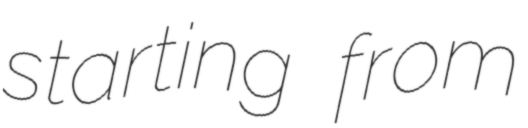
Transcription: starting from